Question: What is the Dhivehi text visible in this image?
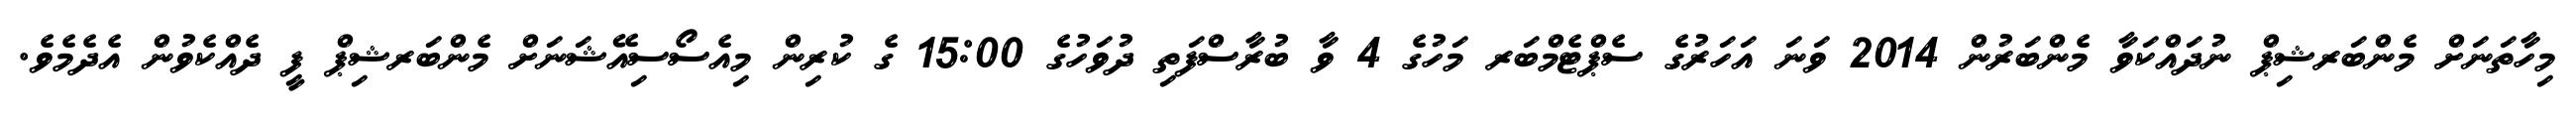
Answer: މިހާތަނަށް މެންބަރޝިޕް ނުދައްކަވާ މެންބަރުން 2014 ވަނަ އަހަރުގެ ސެޕްޓެމްބަރ މަހުގެ 4 ވާ ބުރާސްފަތި ދުވަހުގެ 15:00 ގެ ކުރިން މިއެސޯސިއޭޝަނަށް މެންބަރޝިޕް ފީ ދެއްކެވުން އެދެމެވެ.